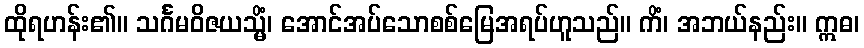
ထိုရဟန်း၏။ သင်္ဂမဝိဇယသ္မိံ၊ အောင်အပ်သောစစ်မြေအရပ်ဟူသည်။ ကိံ၊ အဘယ်နည်း။ ဣဓ၊